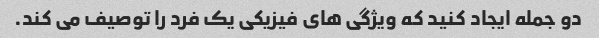
دو جمله ایجاد کنید که ویژگی های فیزیکی یک فرد را توصیف می کند.